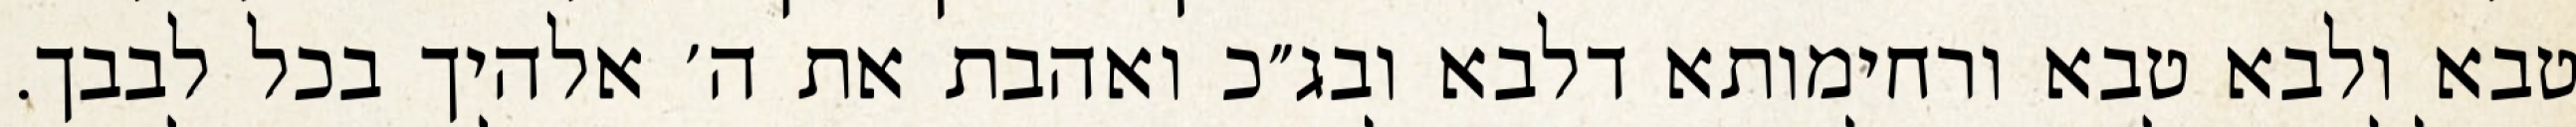
טבא ולבא טבא ורחימותא דלבא ובג״כ ואהבת את ה׳ אלהיך בכל לבבך.